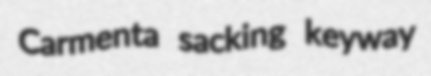
Carmenta sacking keyway